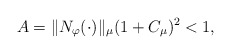
\begin{align*}A = \|N_{\varphi}(\cdot)\|_{\mu} (1 + C_{\mu})^2<1,\end{align*}